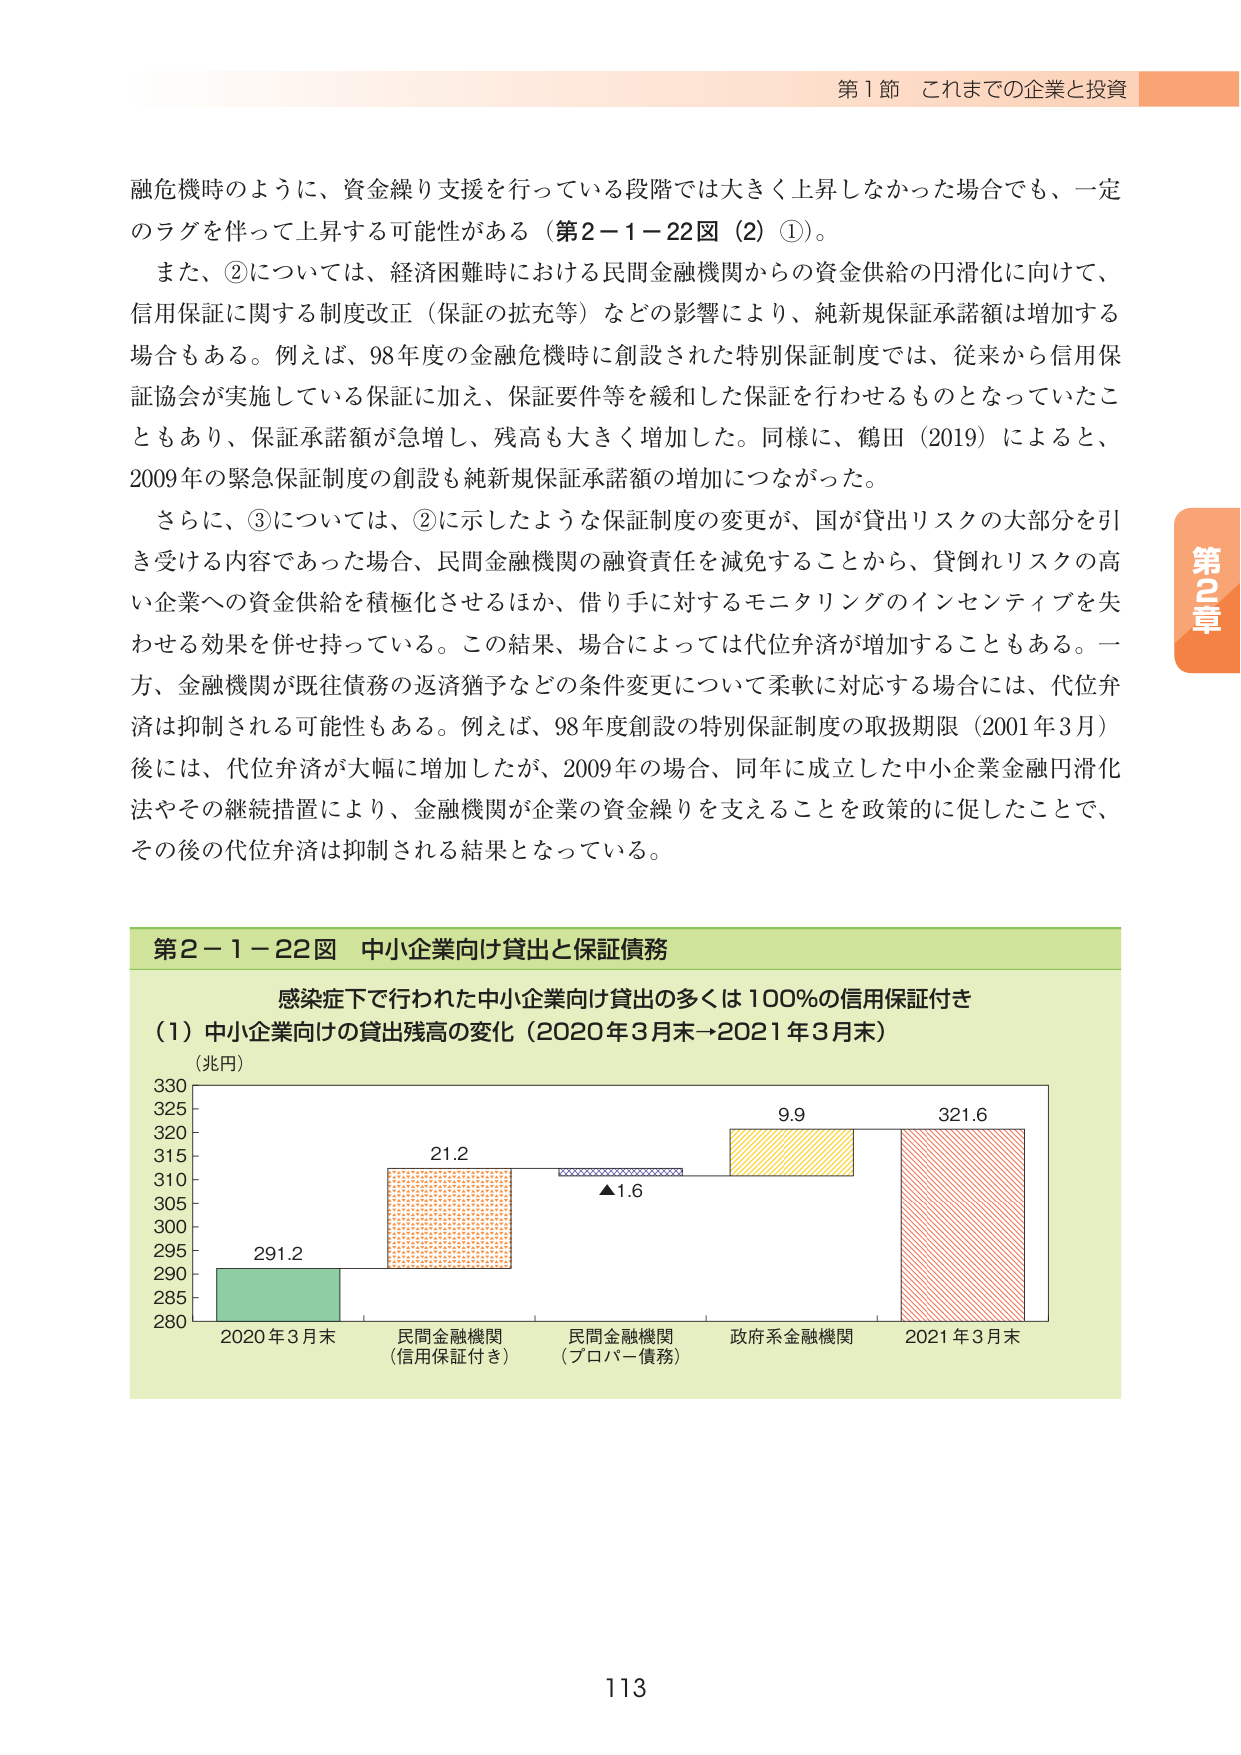
第1節 これまでの企業と投資

融危機時のように、資金繰り支援を行っている段階では大きく上昇しなかった場合でも、一定のラグを伴って上昇する可能性がある（第2－1－22図（2）①）。

また、②については、経済困難時における民間金融機関からの資金供給の円滑化に向けて、信用保証に関する制度改正（保証の拡充等）などの影響により、純新規保証承諾額は増加する場合もある。例えば、98年度の金融危機時に創設された特別保証制度では、従来から信用保証協会が実施している保証に加え、保証要件等を緩和した保証を行わせるものとなっていたこともあり、保証承諾額が急増し、残高も大きく増加した。同様に、鶴田（2019）によると、2009年の緊急保証制度の創設も純新規保証承諾額の増加につながった。

さらに、③については、②に示したような保証制度の変更が、国が貸出リスクの大部分を引き受ける内容であった場合、民間金融機関の融資責任を減免することから、貸倒れリスクの高い企業への資金供給を積極化させるほか、借り手に対するモニタリングのインセンティブを失わせる効果を併せ持っている。この結果、場合によっては代位弁済が増加することもある。一方、金融機関が既往債務の返済猶予などの条件変更について柔軟に対応する場合には、代位弁済は抑制される可能性もある。例えば、98年度創設の特別保証制度の取扱期限（2001年3月）後には、代位弁済が大幅に増加したが、2009年の場合、同年に成立した中小企業金融円滑化法やその継続措置により、金融機関が企業の資金繰りを支えることを政策的に促したことで、その後の代位弁済は抑制される結果となっている。

第2－1－22図 中小企業向け貸出と保証債務

感染症下で行われた中小企業向け貸出の多くは100％の信用保証付き

（1）中小企業向けの貸出残高の変化（2020年3月末→2021年3月末）

（兆円）

330
325
320
315
310
305
300
295
290
285
280

291.2
21.2
▲1.6
9.9
321.6

2020年3月末
民間金融機関
（信用保証付き）
民間金融機関
（プロパー債務）
政府系金融機関
2021年3月末

第2章

113